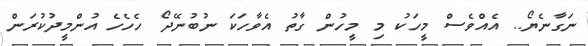
ނަގާނެޔޯ.. އެއްވެސް މީހަކު މި މީހުން ގާތު އެވާހަކަ ނުބުނޭދޯ ހެހެހެ އުންމީދުކުރަން